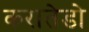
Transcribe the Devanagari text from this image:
करातेडो